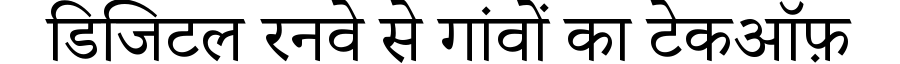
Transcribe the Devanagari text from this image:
डिजिटल रनवे से गांवों का टेकऑफ़